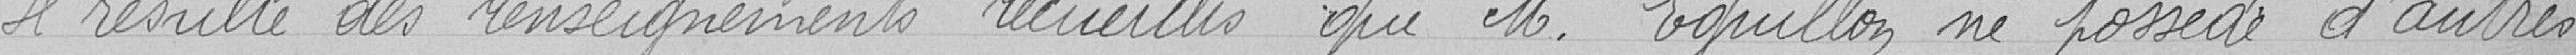
Il résulte des renseignements recueillis que M. Eguillon ne possède d'autres